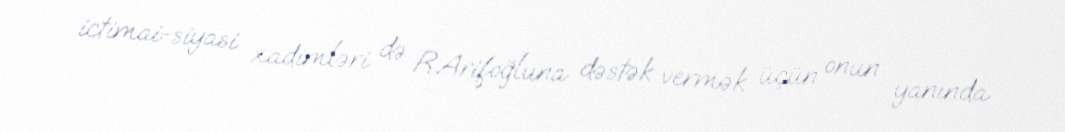
ictimai-siyasi xadimləri də R.Arifoğluna dəstək vermək üçün onun yanında